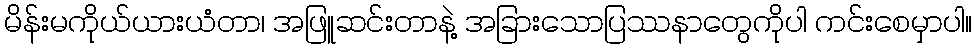
မိန်းမကိုယ်ယားယံတာ၊ အဖြူဆင်းတာနဲ့ အခြားသောပြဿနာတွေကိုပါ ကင်းစေမှာပါ။